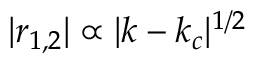
| r _ { 1 , 2 } | \propto | k - k _ { c } | ^ { 1 / 2 }